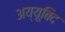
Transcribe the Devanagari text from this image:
अय्यूबिद